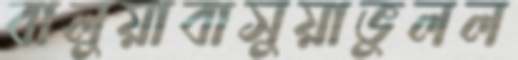
বালুয়াবাসুয়াভুলল